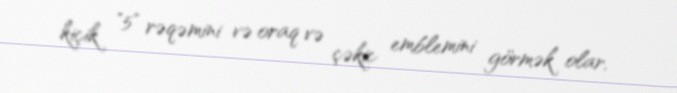
kiçik "5" rəqəmini və oraq və çəkic emblemini görmək olar.